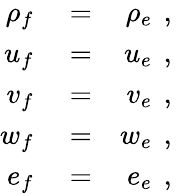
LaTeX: \begin{array}{rlr}{\rho_{f}}&{{}=}&{\rho_{e}\, \mathrm{~,~}}\\ {u_{f}}&{{}=}&{u_{e}\, \mathrm{~,~}}\\ {v_{f}}&{{}=}&{v_{e}\, \mathrm{~,~}}\\ {w_{f}}&{{}=}&{w_{e}\, \mathrm{~,~}}\\ {e_{f}}&{{}=}&{e_{e}\, \mathrm{~,~}}\end{array}